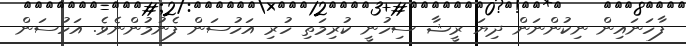
ފާހަނައިން ނިކުންނަން ދިޔަ ރީޝާ ސިހުނީ ކުރިމަތި ހުރި އަހުސަން ފެނުމުންނެވެ. އަހުސަން